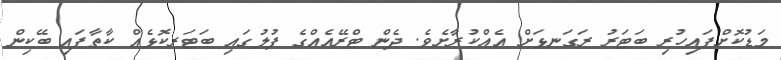
މަޑުކޮށްފައިހުރި ބަޓަރު ރަގަނޅަށް އެއްކުރާށެވެ. ދެން ޓްރޭއެއްގެ ފުލުގައި ބަޓަރކޮޅެއް ކާތާފައި ބޭކިން